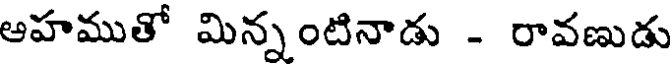
ఆహముతో మిన్నంటినాడు - రావణుడు